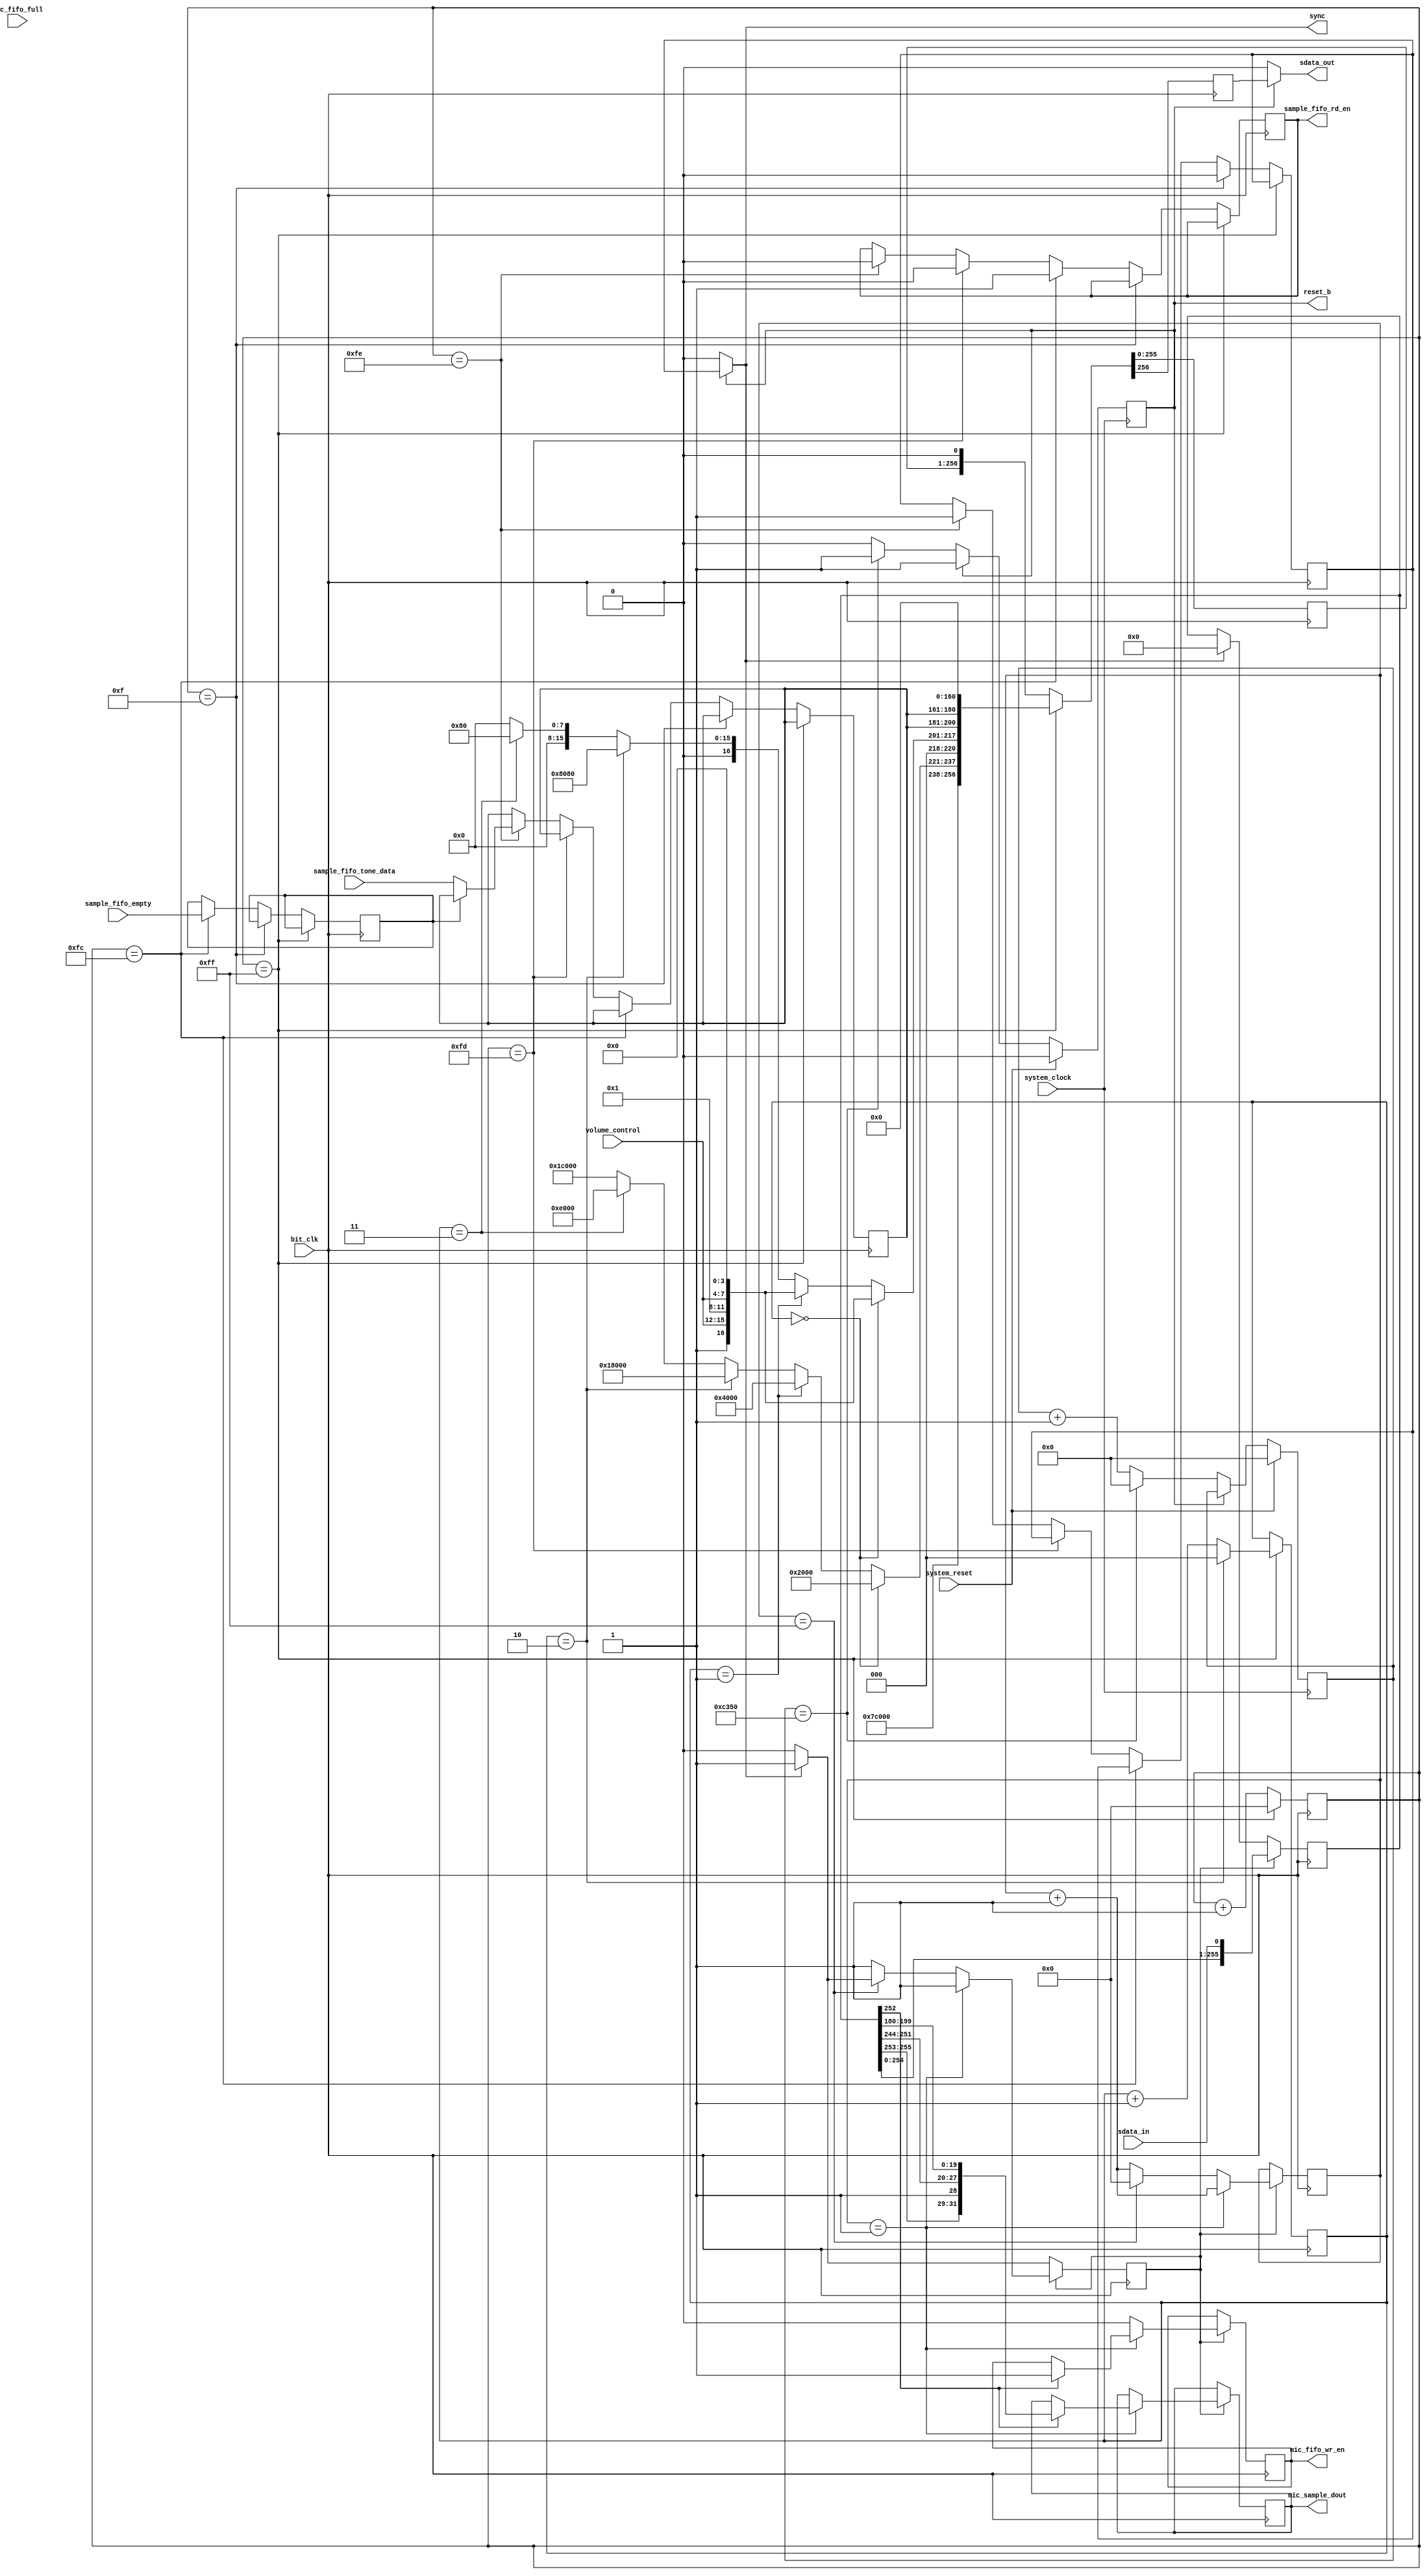
module ac97_controller #(
    parameter SYS_CLK_FREQ = 50_000_000
) (
    // AC97 Protocol Signals
    input sdata_in,           // Serial line from the codec (not used in this lab)
    input bit_clk,            // Bit clock from the codec (used for all logic in this module except reset)
    input [19:0] sample_fifo_tone_data,
    input sample_fifo_empty,
    output sample_fifo_rd_en,
    output sdata_out,         // Serial line to the codec
    output sync,              // Sync signal to the codec
    output reset_b,           // Active low reset (reset bar) to the codec
    input [3:0] volume_control,  // This input is tied to GPIO switches 3, 4, 5, 6    
    
    output [31:0] mic_sample_dout,
    output mic_fifo_wr_en,
    input mic_fifo_full,

    input system_clock,       // Clock used for resetting codec
    input system_reset       // Reset signal coming from the CPU_RESET button
                              // you will need to generate the reset signal for the codec in this controller
                              // (This reset signal should trigger the codec reset)

);

    localparam [15:0] tag = {5'b11111, 11'b0};

    reg [16:0] reset_time = SYS_CLK_FREQ / 1000;

    reg ac_ready = 1;

    reg signed [19:0] pcm_data = 0;

    reg fifo_rd_en_reg = 0;
    assign sample_fifo_rd_en = fifo_rd_en_reg;

    reg fifo_empty_prev =0;

    wire [15:0] master_vol;
    wire [15:0] headphone_vol;
    wire [15:0] pcm_vol;
    wire [15:0] mic_vol;
    wire [15:0] record_select;
    wire [15:0] record_gain;

    assign master_vol = {1'b0, 2'b0, 1'b1, volume_control, 3'b0, 1'b1, volume_control};
    assign headphone_vol = {1'b0, 2'b0, 1'b1, volume_control, 3'b0, 1'b1, volume_control};
    assign pcm_vol = 16'h0808; // 0db pcm gain
    assign mic_vol = 16'h0008; // 0db mic gain
    assign record_select = 16'h0000; // select mic
    assign record_gain = 16'h0000; // 0db record gain

    reg  [2:0] control_reg_loop = 0;
    wire [19:0] control_reg_adr  = (control_reg_loop == 2'd0) ? {1'b0, 7'h02, 12'b0} :  // Set Master Volume
                                   (control_reg_loop == 2'd1) ? {1'b0, 7'h04, 12'b0} :  // Set Headphone Volume
                                   (control_reg_loop == 2'd2) ? {1'b0, 7'h18, 12'b0} :   // Set PCM-Out voulume
                                   (control_reg_loop == 2'd3) ? {1'b0, 7'h0E, 12'b0} :   // Set MIC voulume
                                   (control_reg_loop == 2'd4) ? {1'b0, 7'h1A, 12'b0} :   // Set Record select voulume
                                                                {1'b0, 7'h1C, 12'b0} ;   // Set Record gain voulume

    wire [19:0] control_reg_data = (control_reg_loop == 2'd0) ? {master_vol   , 4'b0} :
                                   (control_reg_loop == 2'd1) ? {headphone_vol, 4'b0} :
                                   (control_reg_loop == 2'd2) ? {pcm_vol      , 4'b0} :
                                   (control_reg_loop == 2'd3) ? {mic_vol      , 4'b0} :
                                   (control_reg_loop == 2'd4) ? {record_select, 4'b0} :
                                                                {record_gain,   4'b0} ;

    reg  [255:0] ac_data_shift = 0;
    wire [255:0] ac_data;
    assign ac_data = {tag, control_reg_adr, control_reg_data, pcm_data, pcm_data, 160'b0};

    reg [8:0] bit_counter = 0;

    reg sdata_out_reg = 0;
    reg sync_reg = 0;

    assign sdata_out = reset_b ? sdata_out_reg : 0;
    assign sync = reset_b ? sync_reg : 0;

    always @(posedge bit_clk) begin
        if(bit_counter == 9'd255) begin
            bit_counter <= 0; 
            {sdata_out_reg, ac_data_shift} <= {ac_data, 1'b0};
            if(control_reg_loop == 2'd6) begin
                control_reg_loop <= 0;
            end else begin
                control_reg_loop <= control_reg_loop + 1;
            end
        end else if(bit_counter == 15) begin
            sync_reg <= 0;
            {sdata_out_reg, ac_data_shift} <= {ac_data_shift, 1'b0};      
            bit_counter <= bit_counter + 1;
        end else if(bit_counter == 252) begin
            {sdata_out_reg, ac_data_shift} <= {ac_data_shift, 1'b0};      
            bit_counter <= bit_counter + 1;

            fifo_rd_en_reg <= 1;
            fifo_empty_prev <= sample_fifo_empty;
            
        end else if(bit_counter == 253) begin
            {sdata_out_reg, ac_data_shift} <= {ac_data_shift, 1'b0};      
            bit_counter <= bit_counter + 1;

            fifo_rd_en_reg <= 0;
        end else if(bit_counter == 254) begin
            sync_reg <= 1;
            {sdata_out_reg, ac_data_shift} <= {ac_data_shift, 1'b0};      
            bit_counter <= bit_counter + 1;

            fifo_rd_en_reg <= 0;
            if(fifo_empty_prev) begin
                pcm_data <= pcm_data;
            end else begin
                pcm_data <= sample_fifo_tone_data;
            end

        end else begin
            {sdata_out_reg, ac_data_shift} <= {ac_data_shift, 1'b0};      
            bit_counter <= bit_counter + 1;
        end
    end


    // MIC INPUT
    reg [255:0] input_frame = 0;
    reg [8:0] input_bit_counter = 0;
    reg running = 0;

    reg [31:0] mic_sample_dout_reg = 0;
    reg mic_fifo_wr_en_reg = 0;
    assign mic_sample_dout = mic_sample_dout_reg;
    assign mic_fifo_wr_en = mic_fifo_wr_en_reg;

    always @(negedge bit_clk) begin
        if (~running) begin
            // First start after reset, wait for sync
            if (sync) begin
                input_frame <= 0;
                running <= 1;
            end else begin
                running <= 0;
            end
        end
        else if (running) begin
            // Sample input
            input_frame <= {input_frame[254:0], sdata_in};
            
            // Increase or reset bit counter
            if (input_bit_counter == 1) begin
                // write mic sample (slot 3) to fifo
                if(input_frame[252]) begin
                    mic_sample_dout_reg <= {input_frame[255:244] ,input_frame[199:180]};
                    mic_fifo_wr_en_reg <= 1;
                end
                input_bit_counter <= input_bit_counter + 1;
            end else if (input_bit_counter == 255) begin
                input_bit_counter <= 0;
                if (sync) begin
                    running <= 1;
                end else begin
                    running <= 0;
                end
                mic_fifo_wr_en_reg <= 0;
            end else begin
                input_bit_counter <= input_bit_counter + 1;
                mic_fifo_wr_en_reg <= 0;
            end
        end
    end


    // RESET
    reg reset_ac = 1;
    assign reset_b = reset_ac;
    reg [16:0] reset_clk_counter = 0;
    reg [2:0] reset_2_clk_counter = 0;
    reg reset_done = 0;
    always @(posedge system_clock) begin
        if (system_reset) begin
            // reset
            reset_ac <= 0;
            reset_clk_counter <= 0;
            reset_2_clk_counter <= 0;
            ac_ready <= 0;
            reset_done <= 0;
        end else if(reset_ac == 0) begin
            if (reset_clk_counter == reset_time) begin
                reset_ac <= 1;
                reset_clk_counter <= 0;
                reset_2_clk_counter <= 0;
                reset_done <= 1;
            end else begin
                reset_clk_counter <= reset_clk_counter + 1;
                reset_done <= 0;
            end
        end

        // Timer to wait until clock in codec starts oscilating
        if (reset_done) begin
            if (reset_2_clk_counter == 3'd6) begin
                ac_ready <= 1;
                reset_2_clk_counter <= 0;
                reset_done <= 0;
            end else begin
                reset_2_clk_counter <= reset_2_clk_counter + 1;
                ac_ready <= 0;
            end
        end
    end



endmodule